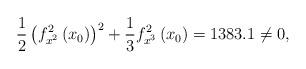
LaTeX: \begin{align*}\frac{1}{2}\left( f_{x^{2}}^{2}\left( x_{0}\right) \right) ^{2}+\frac{1}{3}f_{x^{3}}^{2}\left( x_{0}\right) =1383.1\not =0,\end{align*}